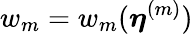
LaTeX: w_{m}=w_{m}(\boldsymbol{\eta}^{(m)})